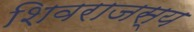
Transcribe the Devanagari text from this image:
शिवराजस्य